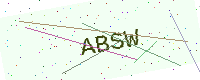
Text: ABSW